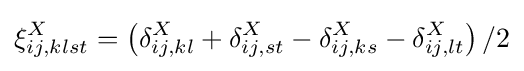
\xi _{ij,klst}^{X}=\left(\delta _{ij,kl}^{X}+\delta _{ij,st}^{X}-\delta _{ij,ks}^{X}-\delta _{ij,lt}^{X}\right)/2